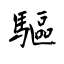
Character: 驅